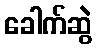
ခေါက်ဆွဲ